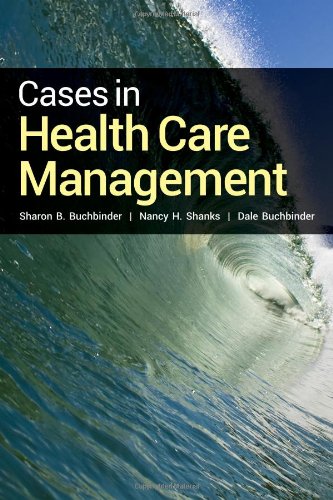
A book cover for Cases In Health Care Management; Sharon B. Buchbinder; Law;